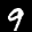
Label: 9